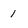
Character: 1